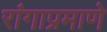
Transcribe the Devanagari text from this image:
रांगाप्रमाणे